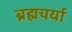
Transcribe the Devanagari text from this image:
ब्रह्मचर्या